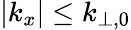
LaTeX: |k_{x}|\leq k_{\perp,0}